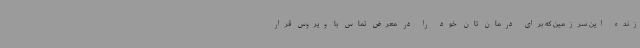
زنده این سرزمین که برای درمان تان خود را در معرض تماس با ویروس قرار